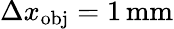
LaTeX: \Delta x_{\mathrm{obj}}=1\, \mathrm{mm}